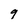
Character: 9